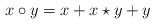
LaTeX: \begin{align*}x\circ y=x+x\star y+y\end{align*}